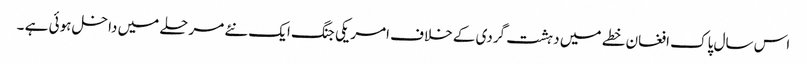
اس سال پاک افغان خطے میں دہشت گردی کے خلاف امریکی جنگ ایک نئے مرحلے میں داخل ہوئی ہے ۔